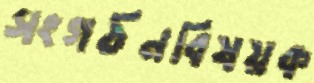
সংগঠনবিষয়ক